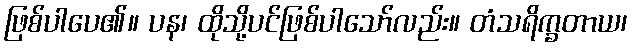
ဖြစ်ပါပေ၏။ ပန၊ ထိုသို့ပင်ဖြစ်ပါသော်လည်း။ တံသရိက္ခတာယ၊